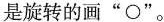
是旋转的画”\circ”。